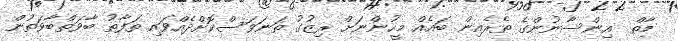
މާތް  އިންސާނުންގެ ތެރެއިން ބައެއް މީހުންނަށް ރިޒުގު ތަނަވަސްކޮށްދެއްވައި ތަފާތު ބާވަތްބާވަތުން